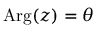
\mathrm { A r g } ( z ) = \theta